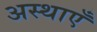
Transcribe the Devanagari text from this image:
अस्थाएँ